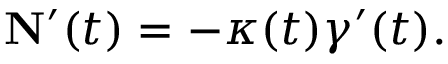
\mathbf { N } ^ { \prime } ( t ) = - \kappa ( t ) { \boldsymbol { \gamma } } ^ { \prime } ( t ) .